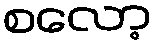
စလော့